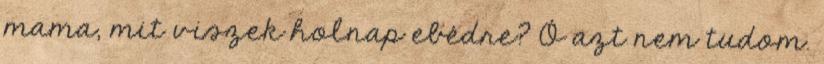
mama, mit viszek holnap ebédre? Ó azt nem tudom.